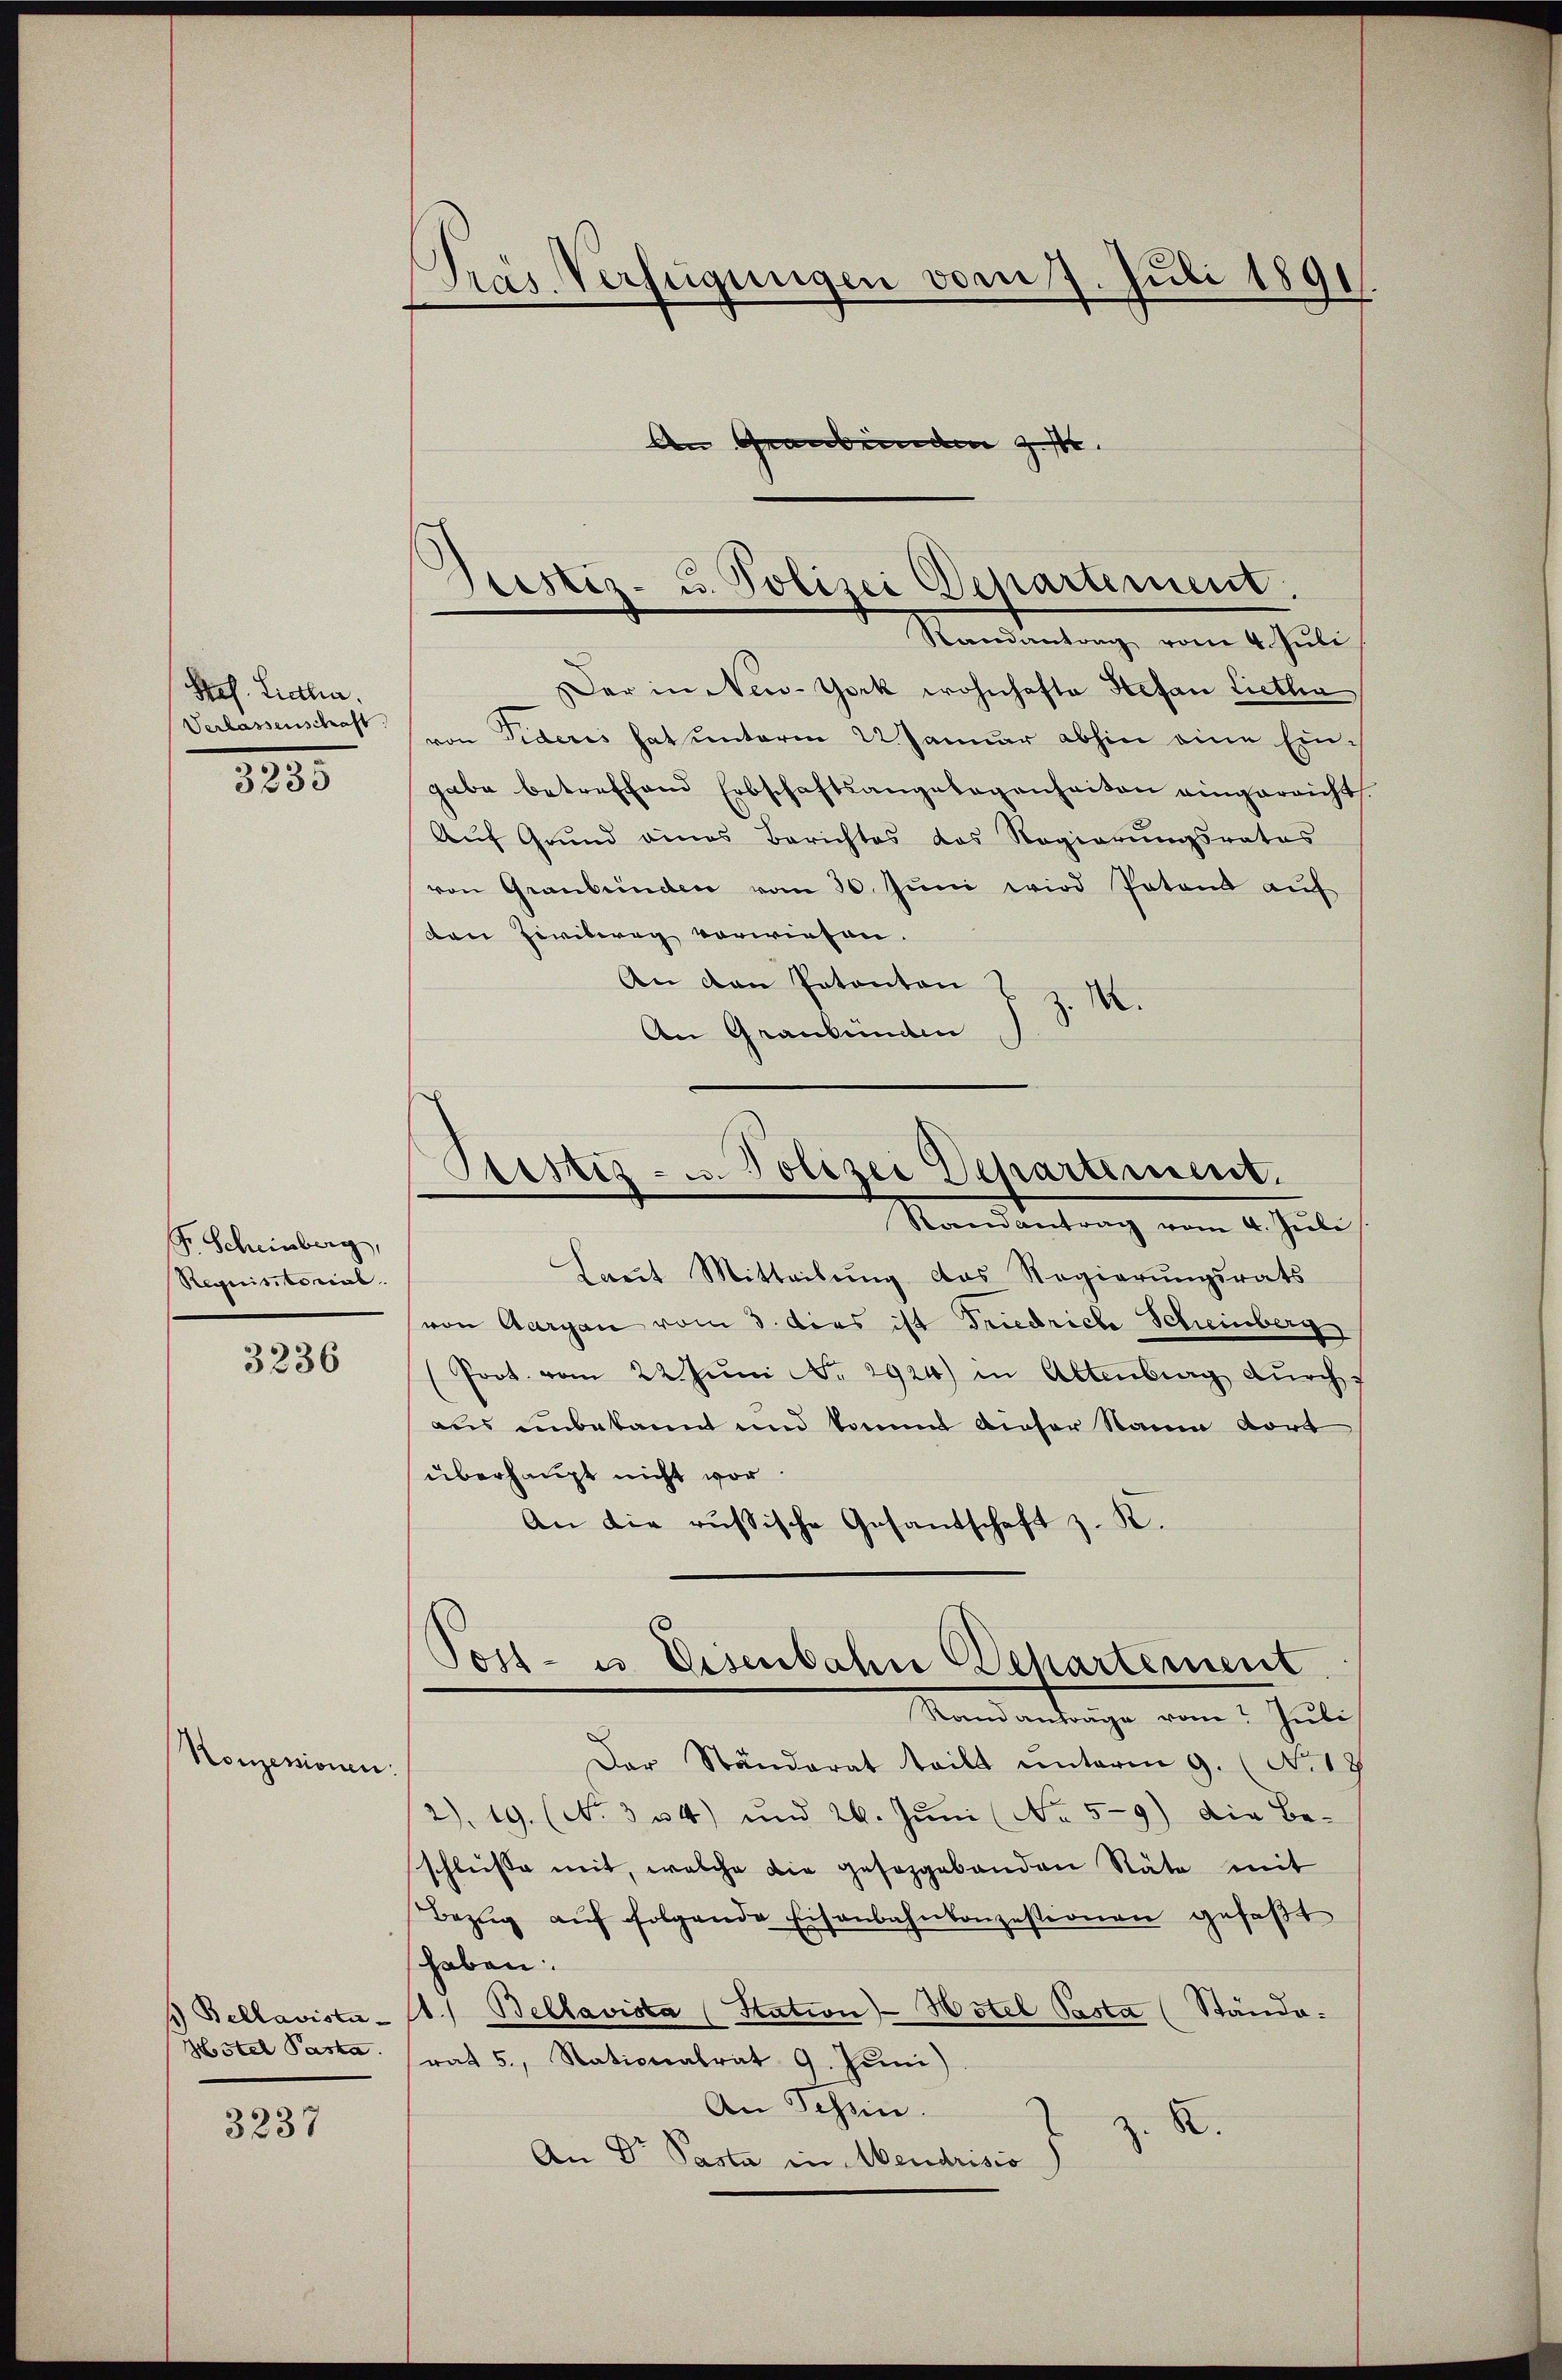
Prof. Liehen.
Verlassenschaft

3235

Fr. Scheinberg,
Requisitorial

3236

1. Bellavista¬
Hotel Paska

3237

Konzessionen.

Präs. Verfügungen vom 7. Juli 1891.
An Graubünden z.

Der in New-York wohnhafte Stefan Lietha
von Fideris hat unterm 22. Januar abhin eine Eingabe betreffend Erbschaftsangelegenheiten eingereicht.
Auf Grund eines Berichtes das Regierungsrates
von Graubünden vom 20. Jŭni wird Petend aŭf
den Zivileg verwiesen.
An den Patenten
z. M.
An Graubünden
Laut Mitteilung das Regierungsrats
von Aargau vom 3. dies ist Friedriche Scheinberg
Prot. vom 22. Jŭni Nr. 2924) in Altenburg dŭrch
aus unbekannt und kommt dieser Raum dort
überhaupt nicht vor
An die russische Gesandschaft z. R.
Post- u. Eisenbahn Behartement
Randantrage vom Juli
Der Ständerat teilt ŭnterm 9. (N. 17
2). 19. (No 3 34) und 26. Juni (No 59) Die Be-
schluße mit, welche die gesaggebenden Stäte mit
Bezŭg aŭf folgende Eisenbahnkonzessionen gefaßt
shaben:
11.) Bellavista (Station Hotel Pasta (Stände-
rat 5, Stationalrat 9. Juni)
An Tessin.
X.
An Dr Pasta in Mendrisio

Stestiz- u. Polizei Departement.
Randantrag vom 4. Juli

Sistiz- u. Polizei Departement.
Randantrag vom 4. Juli